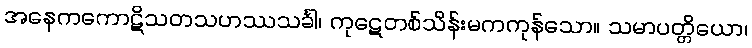
အနေကကောဋိသတသဟဿသင်္ခါ၊ ကုဋေတစ်သိန်းမကကုန်သော။ သမာပတ္တိယော၊